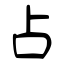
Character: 占